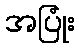
အပြုံး